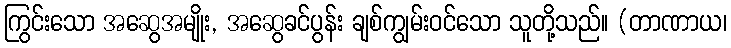
ကြွင်းသော အဆွေအမျိုး, အဆွေခင်ပွန်း ချစ်ကျွမ်းဝင်သော သူတို့သည်။ (တာဏာယ၊